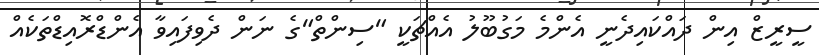
ސީރީޒް އިން ދައްކައިދެނީ އެންމެ މަގުބޫލު އެއްޗަކީ "ސިންތް"ގެ ނަން ދެވިފައިވާ އެންޑްރޮއިޑްތަކެއް